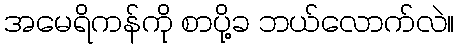
အမေရိကန်ကို စာပို့ခ ဘယ်လောက်လဲ။